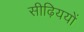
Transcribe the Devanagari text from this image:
सीढ़िययों